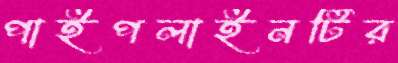
পাইপলাইনটির